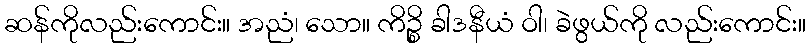
ဆန်ကိုလည်းကောင်း။ အညံ၊ သော။ ကိဉ္စိ ခါဒနီယံ ဝါ၊ ခဲဖွယ်ကို လည်းကောင်း။